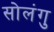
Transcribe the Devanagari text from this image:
सोलंगु